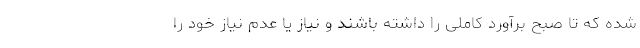
شده که تا صبح برآورد کاملی را داشته باشند و نیاز یا عدم نیاز خود را